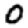
Digit: 0